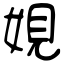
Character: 娊